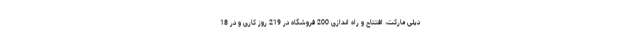
دیلی مارکت، افتتاح و راه اندازی 200 فروشگاه در 219 روز کاری و در 18